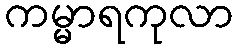
ကမ္မာရကုလာ